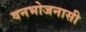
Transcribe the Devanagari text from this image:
वनभोजनासी